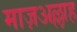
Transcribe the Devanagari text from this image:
माज़अल्लाह